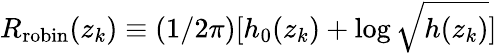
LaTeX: R_{\mathrm{robin}}(z_{k})\equiv(1/2\pi)[h_{0}(z_{k})+\log\sqrt{h(z_{k})}]